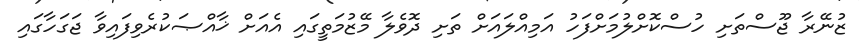
ޒުނޭރާ ޖޫސްތަށި ހުސްކޮށްލުމަށްފަހު އަމިއްލައަށް ތަށި ދޮވެލާ މޭޒުމަތީގައި އެއަށް ޚާއްޞަކުރެވިފައިވާ ޖަގަހާގައި